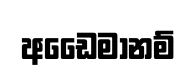
අඩෛමානම්